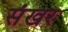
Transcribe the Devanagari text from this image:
संखर